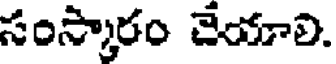
సంస్కారం చేయాలి.